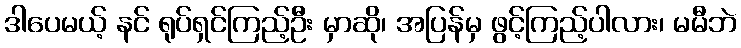
ဒါပေမယ့် နင် ရုပ်ရှင်ကြည့်ဦး မှာဆို၊ အပြန်မှ ဖွင့်ကြည့်ပါလား၊ မမီဘဲ